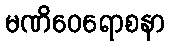
မဏိဝေရောစနာ